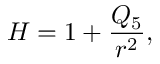
H = 1 + \frac { Q _ { 5 } } { r ^ { 2 } } ,